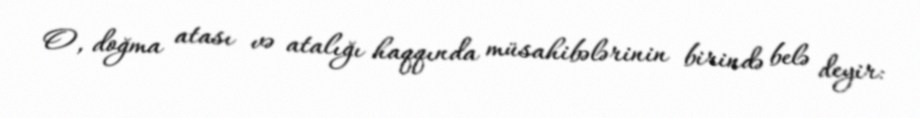
O, doğma atası və atalığı haqqında müsahibələrinin birində belə deyir: